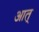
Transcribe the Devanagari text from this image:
आत्